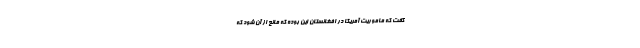
گفت که ماموریت آمریکا در افغانستان این بوده که مانع از آن شود که